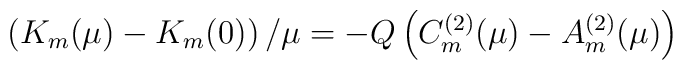
\left(K_m(\mu)-K_m(0)\right)/\mu=-Q\left(C_m^{(2)}(\mu)-A_m^{(2)}(\mu)\right)